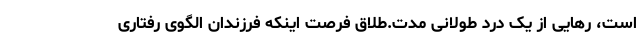
است، رهایی از یک درد طولانی مدت.طلاق فرصت اینکه فرزندان الگوی رفتاری